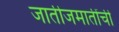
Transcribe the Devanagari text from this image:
जातीजमातींची